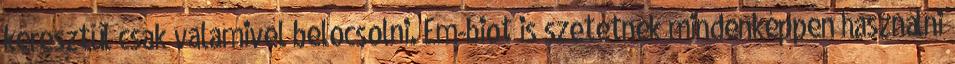
keresztül csak valamivel belocsolni. Em-biot is szetetnék mindenképpen használni